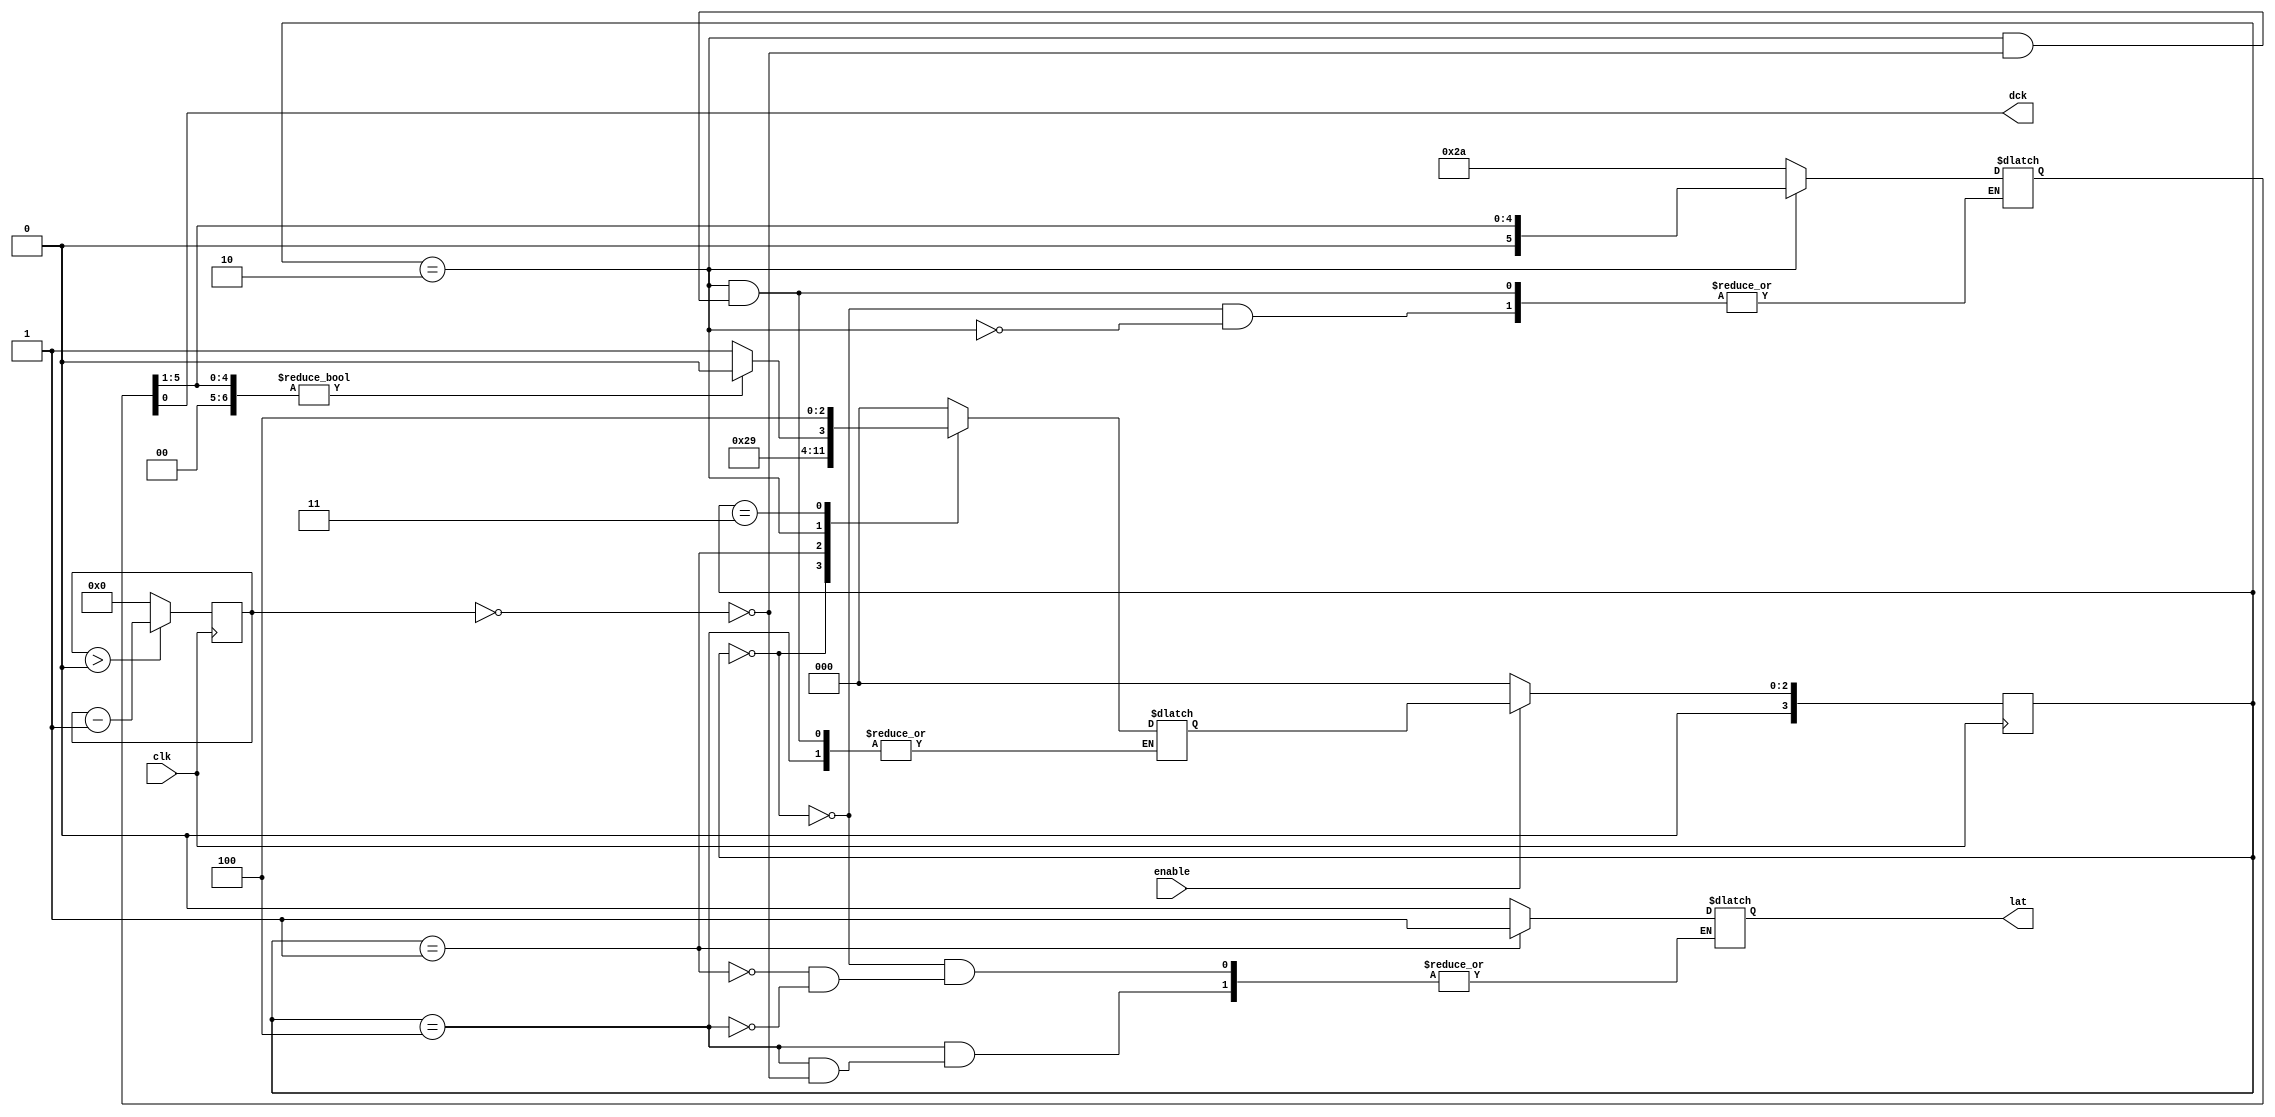
module pulse_init(clk, enable, lat, dck);

input wire clk;
input wire enable;
output  reg lat;
output wire dck;

parameter DELAY0   =1;//  
parameter DELAY1   =1; //  

reg [31:0] sch0      =0;
reg [31:0] delay_us  =0;
reg [ 6:0] tmp       =0;
reg [ 3:0] state     =0;
reg [ 3:0] next_state=0;

always @(posedge clk) if (sch0>0) sch0 <=sch0-1; else sch0<=delay_us;

always @(posedge clk) 
	if (~enable) 
	begin
    delay_us<=0;
	state   <=0;			
	end else
	begin
	state<=next_state;
	end

always @(*)
begin
	case (state)
	 0: begin lat=0;tmp=7'b0101010; next_state=1; end
	 1: begin next_state=2;  lat=1; delay_us=(DELAY0-1); end
	 2: if (sch0==0)  
	    begin 
	    tmp=tmp>>1;
	    delay_us=(DELAY1-1);	
	    if (tmp!=0) next_state=2; else begin next_state=3; delay_us=(DELAY0-1);end	    
	    end 
	 3: begin 	 	
	 	next_state=4;
	    end
	 4: if (sch0==0) lat=0;
	 default: next_state=0;
	endcase 
end

assign dck=tmp[0];

endmodule